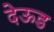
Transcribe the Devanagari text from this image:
देऊड